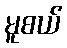
မူစယ်